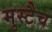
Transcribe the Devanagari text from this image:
मुस्टैच